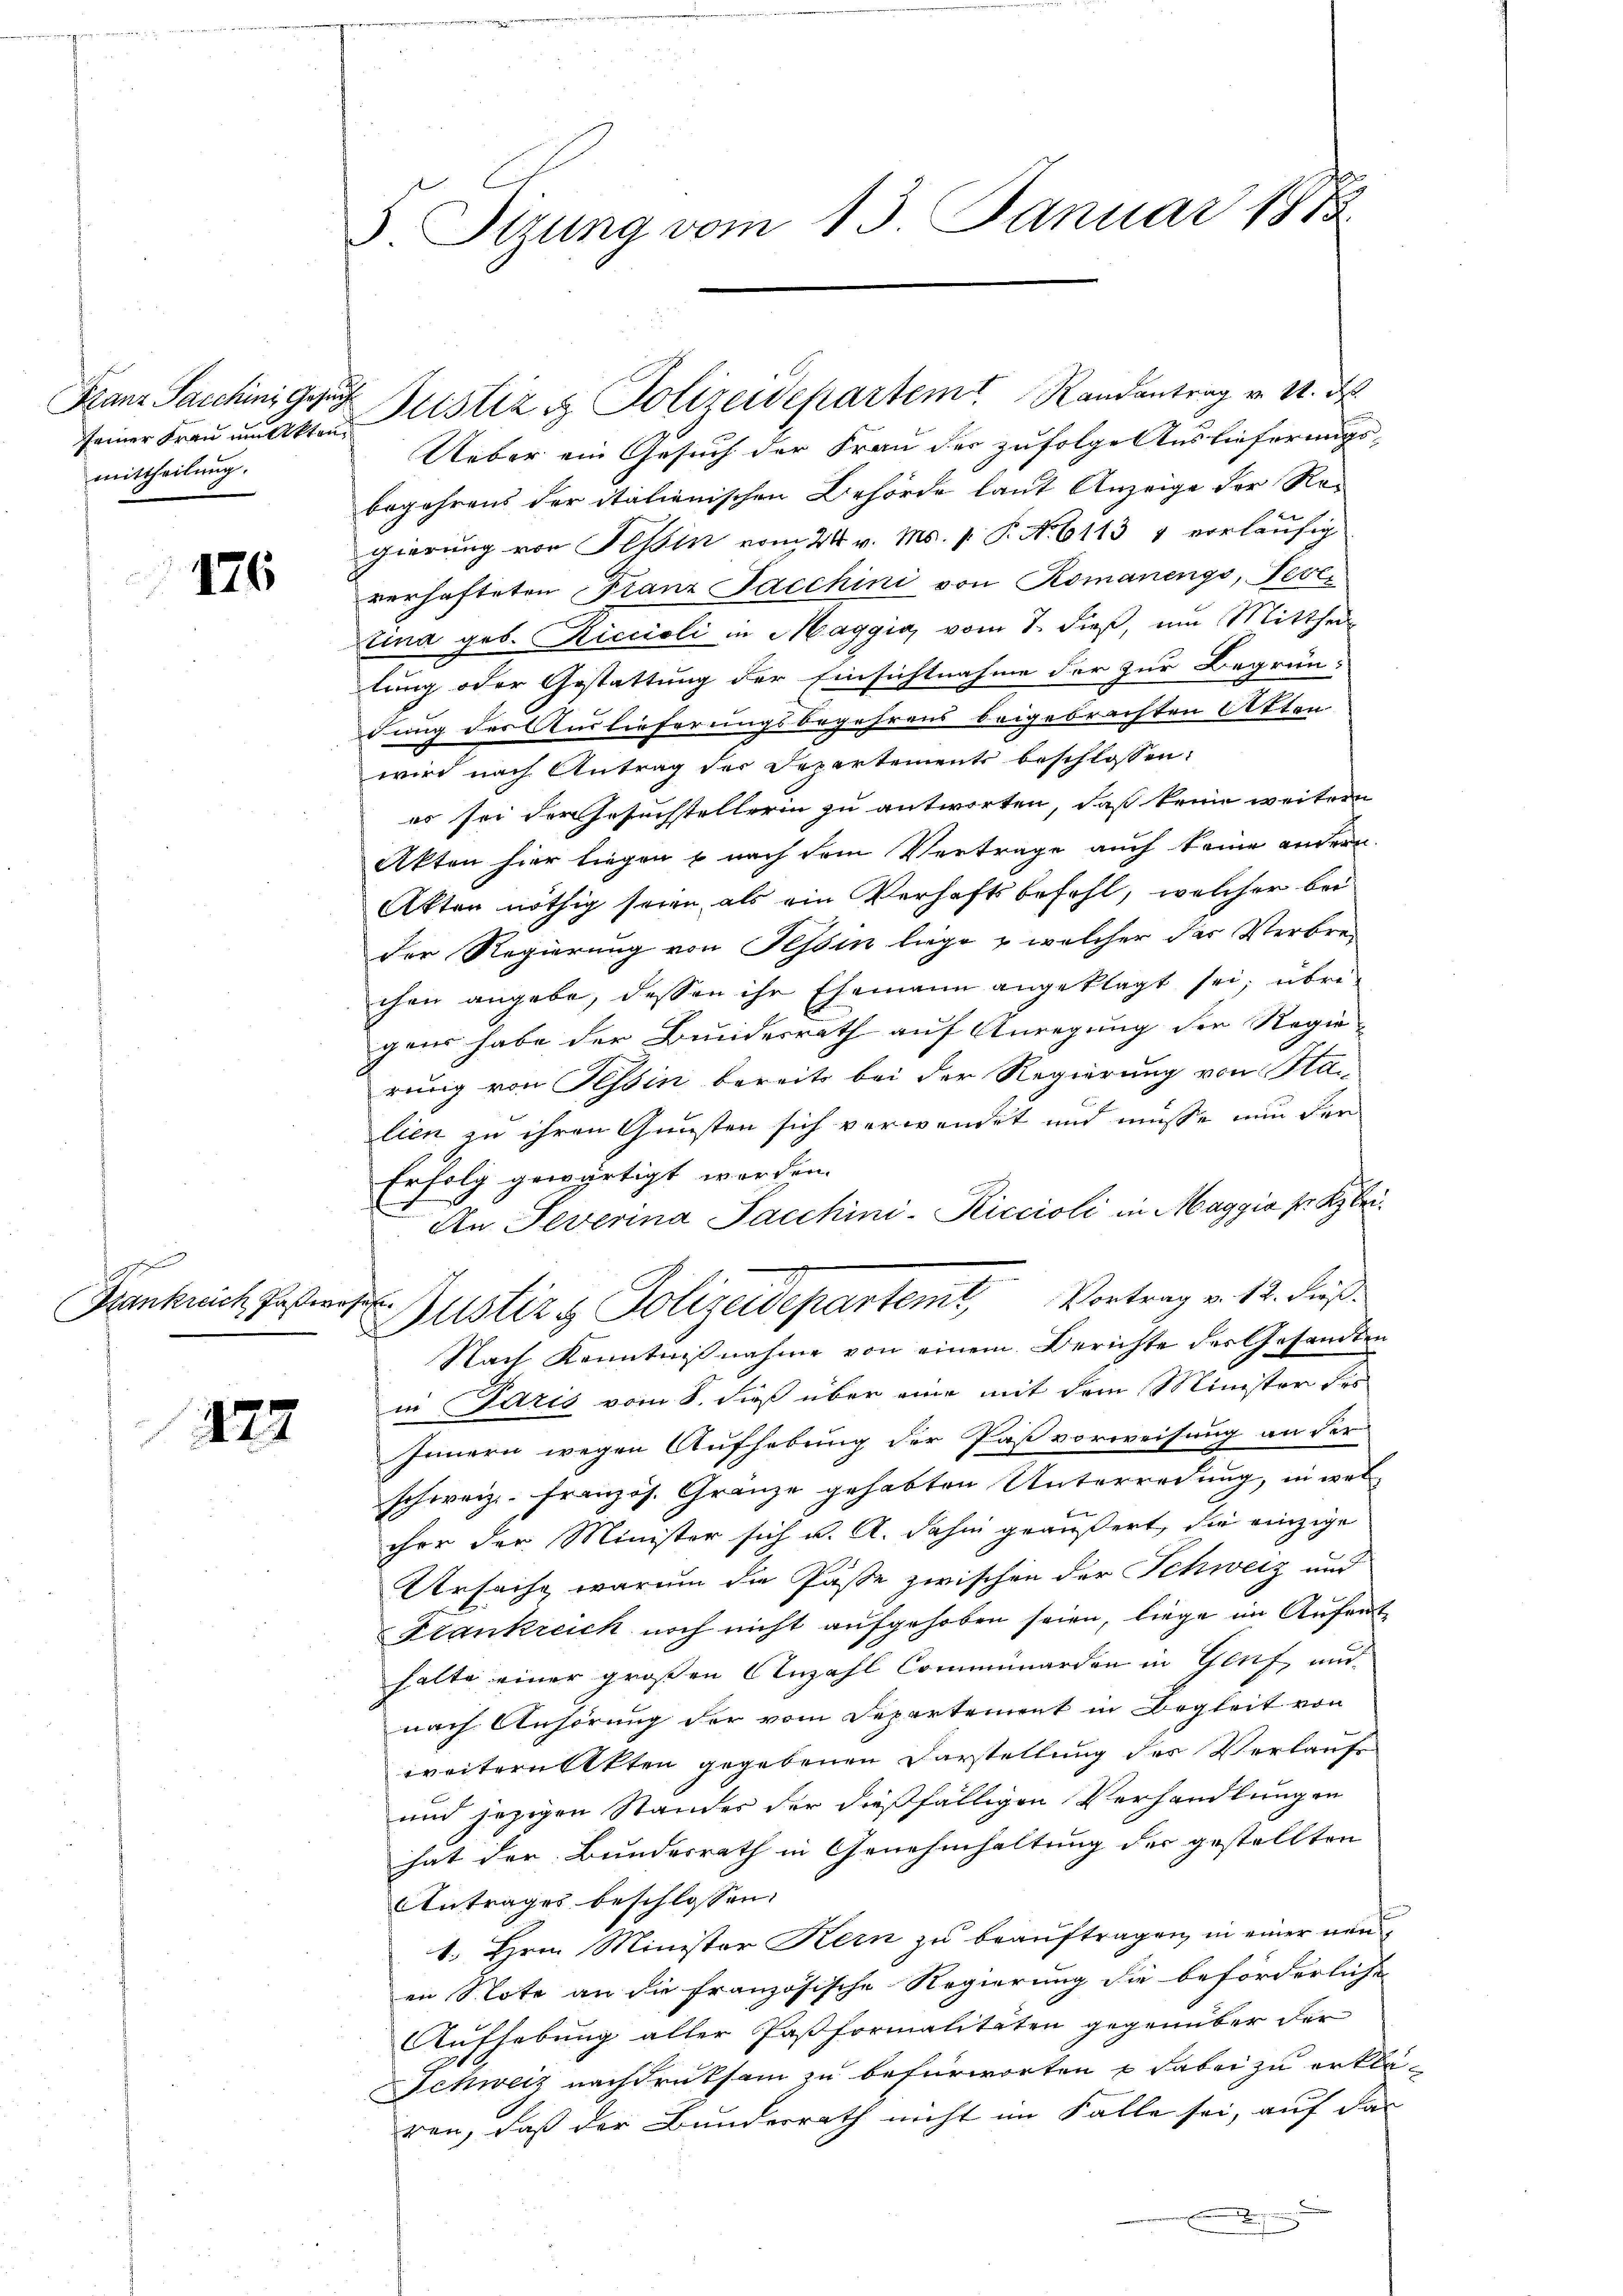
seiner Frau mutektenmittheilung.

176

1
Hankreich Passerosel

272

3. Sizung vom 13. Januar 1873

Franz Sacchiniger Justiz & Polizeidepartem Randantrag v. M. d

Ueber ein Gesuch der Frau der zufolge Auslieferungsbegehrens der italienischen Behörde laut Anzeige der Ro-
gierung von Tessin vom 24. v. Ms. 1. P. No. 6113 1 vorläufig
verhafteten Franz Sacchini von Romanengs, Fevetina geb. Riccioli in Maggia vom 7. dieß, um Mitthei-
e
lung oder Gestattung der Einsichtnahme der zur Begrün-
rung der Auslieferungsbegehrens beigebrachten Akten
wird nach Antrag der Departements beschlossen:
es sei der Gesuchstellerin zu antworten, daß keine weitern
Akten hier liegen u nach dem Vertrage auch keine andern.
Akten nöthig seien, als ein Verhaftsbefehl, welcher bei
der Regierung von Tessin liege & welcher das Verbrechen angebe, dessen ihr Ehemann angeklagt sei; übrigens habe der Bundesrath auf Anregung der Regie-
rung von Tessin bereits bei der Regierung von Stan
lien zu ihren Gunsten sich verwendet und müsse nun der
Erfolg gewärtigt worden.
An Severina Sacchini-Riccioli in Maggia ser Klei¬
Bustiz & Polizeidepartemt, Vortrag v. 12. dieß.
Nach Kenntnißnahme von einem Berichte der Gesandten
in Paris vom 8. dieß über eine mit dem Minister des
Innern wegen Aufhebung der Paß vorweisung an der
schweiz. französ. Gränze gehabten Unterredung, in welcher der Minister sich u. A. dahin geäußert, die einzige
Ursache, warum die Pässe zwischen der Schweiz und
Frankreich noch nicht aufgehoben seien, liege im Aufenthalte einer großen Anzahl Comminarden in Genf, und
nach Anhörung der vom Departement in Begleit von
weitern Akten gegebenen Darstellung des Verlaufs
und jezigen Standes der dießfälligen Verhandlungen
hat der Bundesrath in Genehmhaltung der gestellten
Antrages beschlossen:
1. Hrrn. Minister Kern zu beauftragen, in einer neuen Note an die französische Regierung die beförderliche
Aufhebung aller Paßformalitäten gegenüber der
Schweiz nachdruksam zu befürworten & dabei zu erklä
ren, daß der Bunderrath nicht im Falle sei, auf das
 Wesen